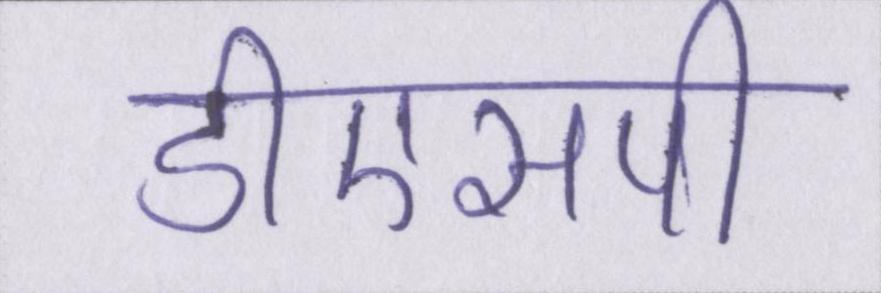
डीएसपी